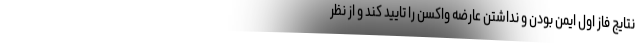
نتایج فاز اول ایمن بودن و نداشتن عارضه‌ واکسن را تایید کند و از نظر